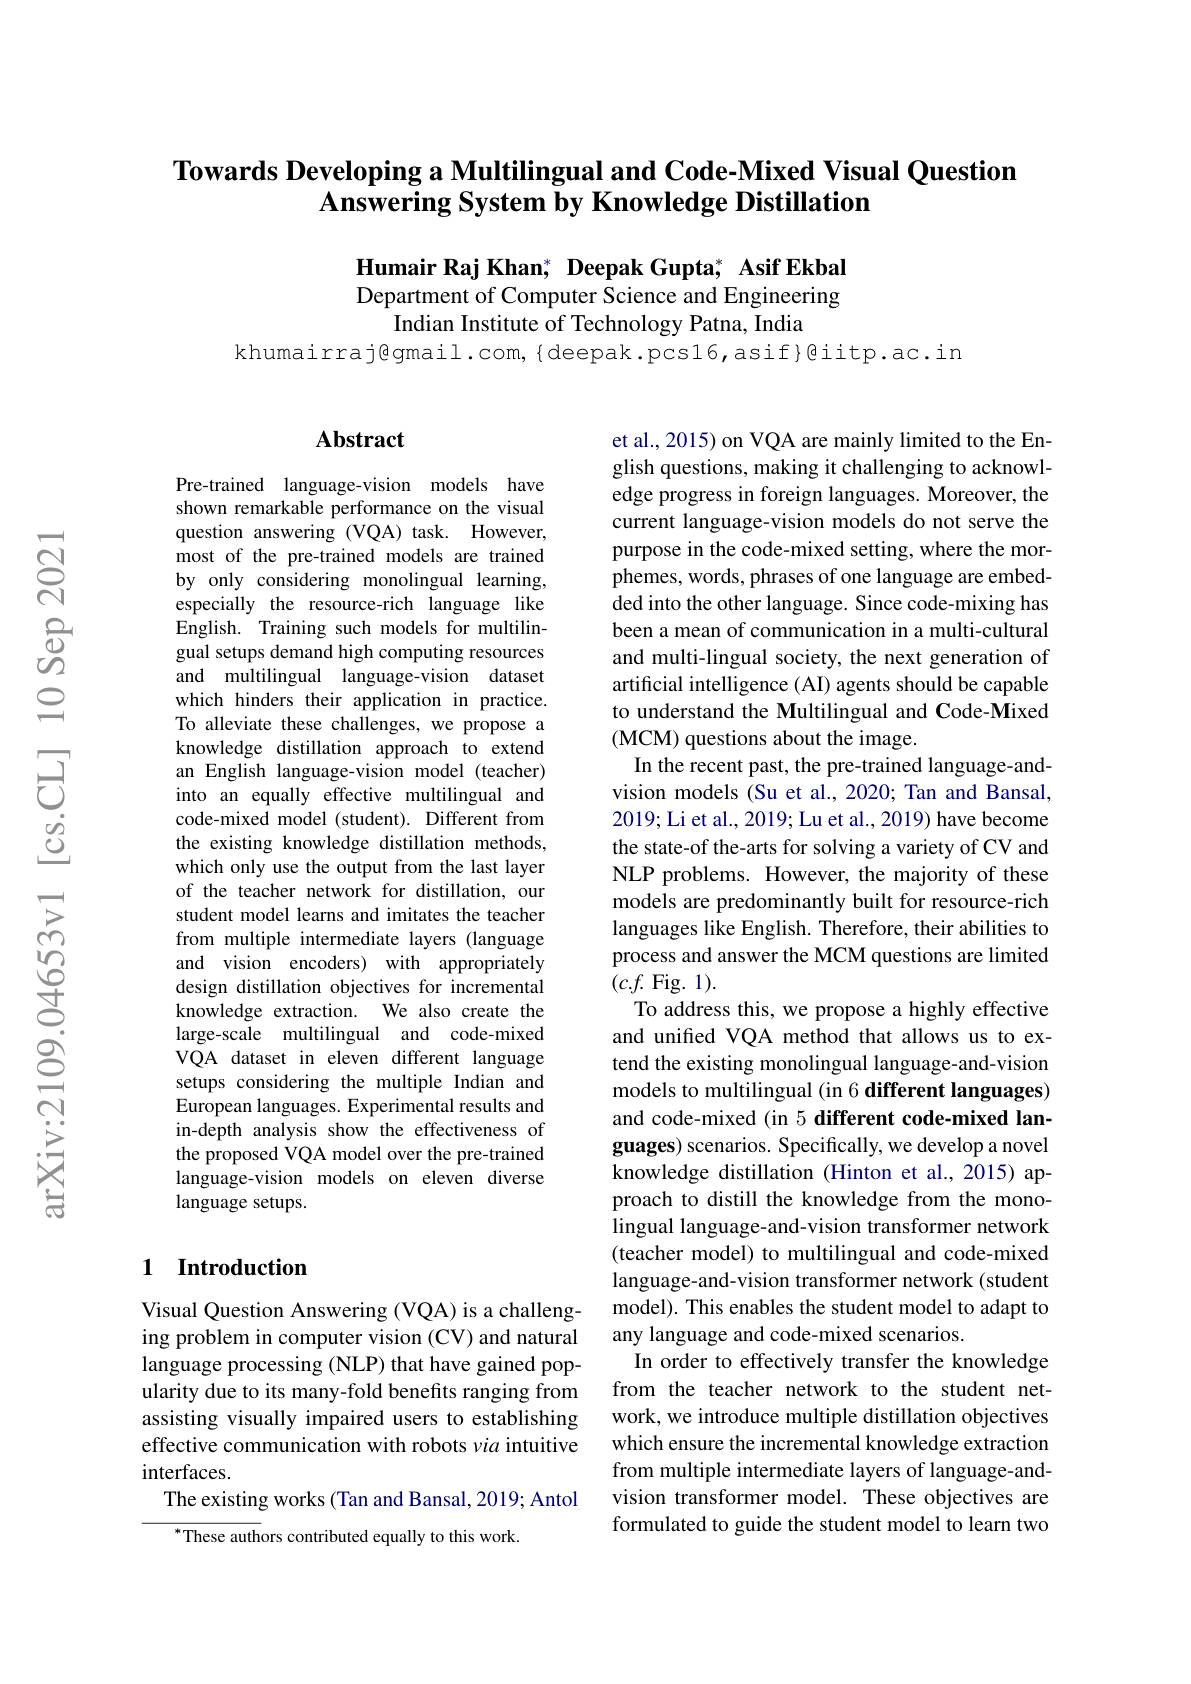
## Towards Developing a Multilingual and Code-Mixed Visual Question Answering System by Knowledge Distillation

$\textbf{Humair Raj Khan,}^*\textbf{ Deepak Gupta;}^*$ Asif Ekbal Department of Computer Science and Engineering
Indian Institute of Technology Patna, India

khumairraj@gmail.com,{deepak.pcs16,asif}giitp.ac.in

## $\mathbf{Abstract}$

Pre-trained language-vision models have shown remarkable performance on the visual question answering (VQA) task. However, most of the pre-trained models are trained by only considering monolingual learning, especially the resource-rich language like English. Training such models for multilingual setups demand high computing resources and multilingual language-vision dataset which hinders their application in practice. To alleviate these challenges, we propose a knowledge distillation approach to extend an English language-vision model (teacher) into an equally effective multilingual and code-mixed model (student). Different from the existing knowledge distillation methods, which only use the output from the last layer of the teacher network for distillation, our student model learns and imitates the teacher from multiple intermediate layers (language and vision encoders) with appropriately design distillation objectives for incremental knowledge extraction. We also create the large-scale multilingual and code-mixed VQA dataset in eleven different language setups considering the multiple Indian and European languages. Experimental results and in-depth analysis show the effectiveness of the proposed VQA model over the pre-trained language-vision models on eleven diverse language setups.

## 1 Introduction

Visual Question Answering (VQA) is a challenging problem in computer vision (CV) and natural language processing (NLP) that have gained popularity due to its many-fold benefits ranging from assisting visually impaired users to establishing effective communication with robots via intuitive interfaces.
The existing works (Tan and Bansal, 2019; Antol
$^{*}$These authors contributed equally to this work.

et al., 2015) on VQA are mainly limited to the English questions, making it challenging to acknowledge progress in foreign languages. Moreover, the current language-vision models do not serve the purpose in the code-mixed setting, where the morphemes, words, phrases of one language are embedded into the other language. Since code-mixing has been a mean of communication in a multi-cultural and multi-lingual society, the next generation of artificial intelligence (AI) agents should be capable to understand the Multilingual and Code-Mixed (MCM) questions about the image.
In the recent past, the pre-trained language-andvision models (Su et al., 2020; Tan and Bansal, 2019; Li et al., 2019; Lu et al., 2019) have become the state-of the-arts for solving a variety of CV and NLP problems. However, the majority of these models are predominantly built for resource-rich languages like English. Therefore, their abilities to process and answer the MCM questions are limited $(c.f.$Fig.1).
To address this, we propose a highly effective and unified VQA method that allows us to extend the existing monolingual language-and-vision models to multilingual (in 6 different languages) and code-mixed (in 5 different code-mixed languages) scenarios. Specifically, we develop a novel knowledge distillation (Hinton et al., 2015) approach to distill the knowledge from the monolingual language-and-vision transformer network (teacher model) to multilingual and code-mixed language-and-vision transformer network (student model). This enables the student model to adapt to any language and code-mixed scenarios.
In order to effectively transfer the knowledge from the teacher network to the student network, we introduce multiple distillation objectives which ensure the incremental knowledge extraction from multiple intermediate layers of language-andvision transformer model. These objectives are formulated to guide the student model to learn two